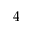
4